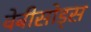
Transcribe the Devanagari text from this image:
वेबीसोड्स